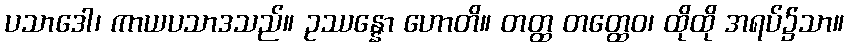
ပသာဒေါ၊ ကာယပသာဒသည်။ ဥဿန္နော ဟောတိ။ တတ္ထ တတ္ထေဝ၊ ထိုထို အရပ်၌သာ။